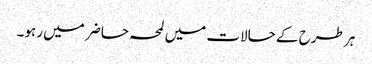
ہر طرح کے حالات میں لمحہ حاضر میں رہو۔